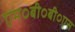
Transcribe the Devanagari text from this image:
एम०बी०बी०एस